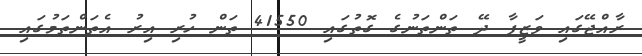
ރާއްޖޭގައި ވަޒީފާ ދޭ ތަންތަނުގެ ގޮތުގައި 41550 ތަން ހުރި އިރު އެތަންތަމުގައި